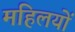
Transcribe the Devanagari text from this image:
महिलयों